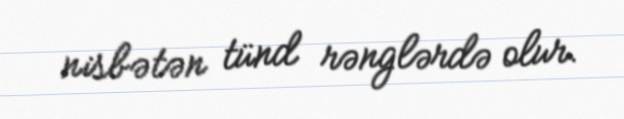
nisbətən tünd rənglərdə olur.